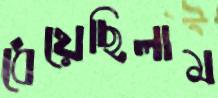
ধেয়েছিলাম